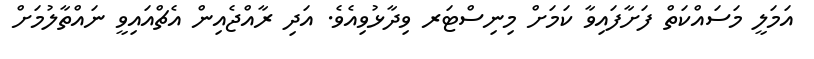
އަމަލީ މަސައްކަތް ފަށާފައިވާ ކަމަށް މިނިސްޓަރ ވިދާޅުވިއެވެ. އަދި ރާއްޖެއިން އެޗްއައިވީ ނައްތާލުމަށް